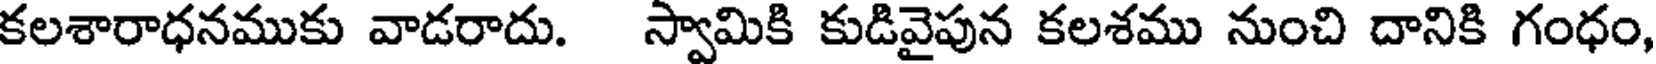
కలశారాధనముకు వాడరాదు. స్వామికి కుడివైపున కలశము నుంచి దానికి గంధం,